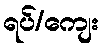
ရပ်/ကျေး